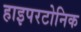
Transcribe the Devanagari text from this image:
हाइपरटोनिक